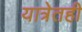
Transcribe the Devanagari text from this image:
यात्रेतही